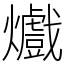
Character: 㸍